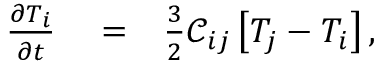
\begin{array} { r l r } { \frac { \partial T _ { i } } { \partial t } } & { { } = } & { \frac { 3 } { 2 } \mathcal { C } _ { i j } \left[ T _ { j } - T _ { i } \right] , } \end{array}